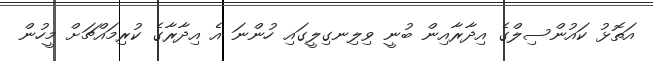
އަތޮޅު ކައުންސިލްގެ އިދާރާއިން ބުނީ ވިލިނގިލީގައި ހުންނަ އެ އިދާރާގެ ކުރިމައްޗަށް މީހުން